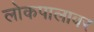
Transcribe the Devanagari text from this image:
लोकपालावर